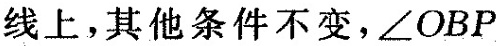
线上，其他条件不变，\angle OBP